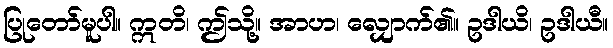
ပြုတော်မူပါ။ ဣတိ၊ ဤသို့။ အာဟ၊ လျှောက်၏။ ဥဒါယိ၊ ဥဒါယီ။